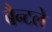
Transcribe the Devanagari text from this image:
बैन्टले